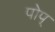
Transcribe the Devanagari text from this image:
पोप्